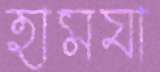
হামযা